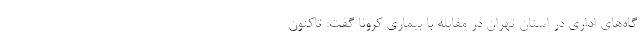
گاه‌های اداری در استان تهران در مقابله با بیماری کرونا گفت: تاکنون